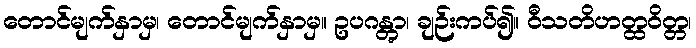
တောင်မျက်နှာမှ၊ တောင်မျက်နှာမှ။ ဥပဂန္တွာ၊ ချဉ်းကပ်၍။ ဝီသတိဟတ္ထဝိတ္တ၊